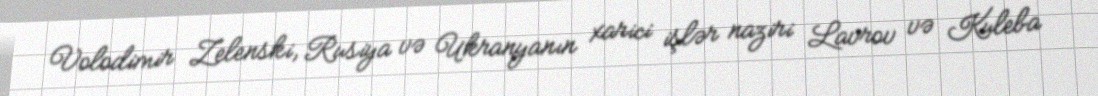
Volodimir Zelenski, Rusiya və Ukranyanın xarici işlər naziri Lavrov və Kuleba